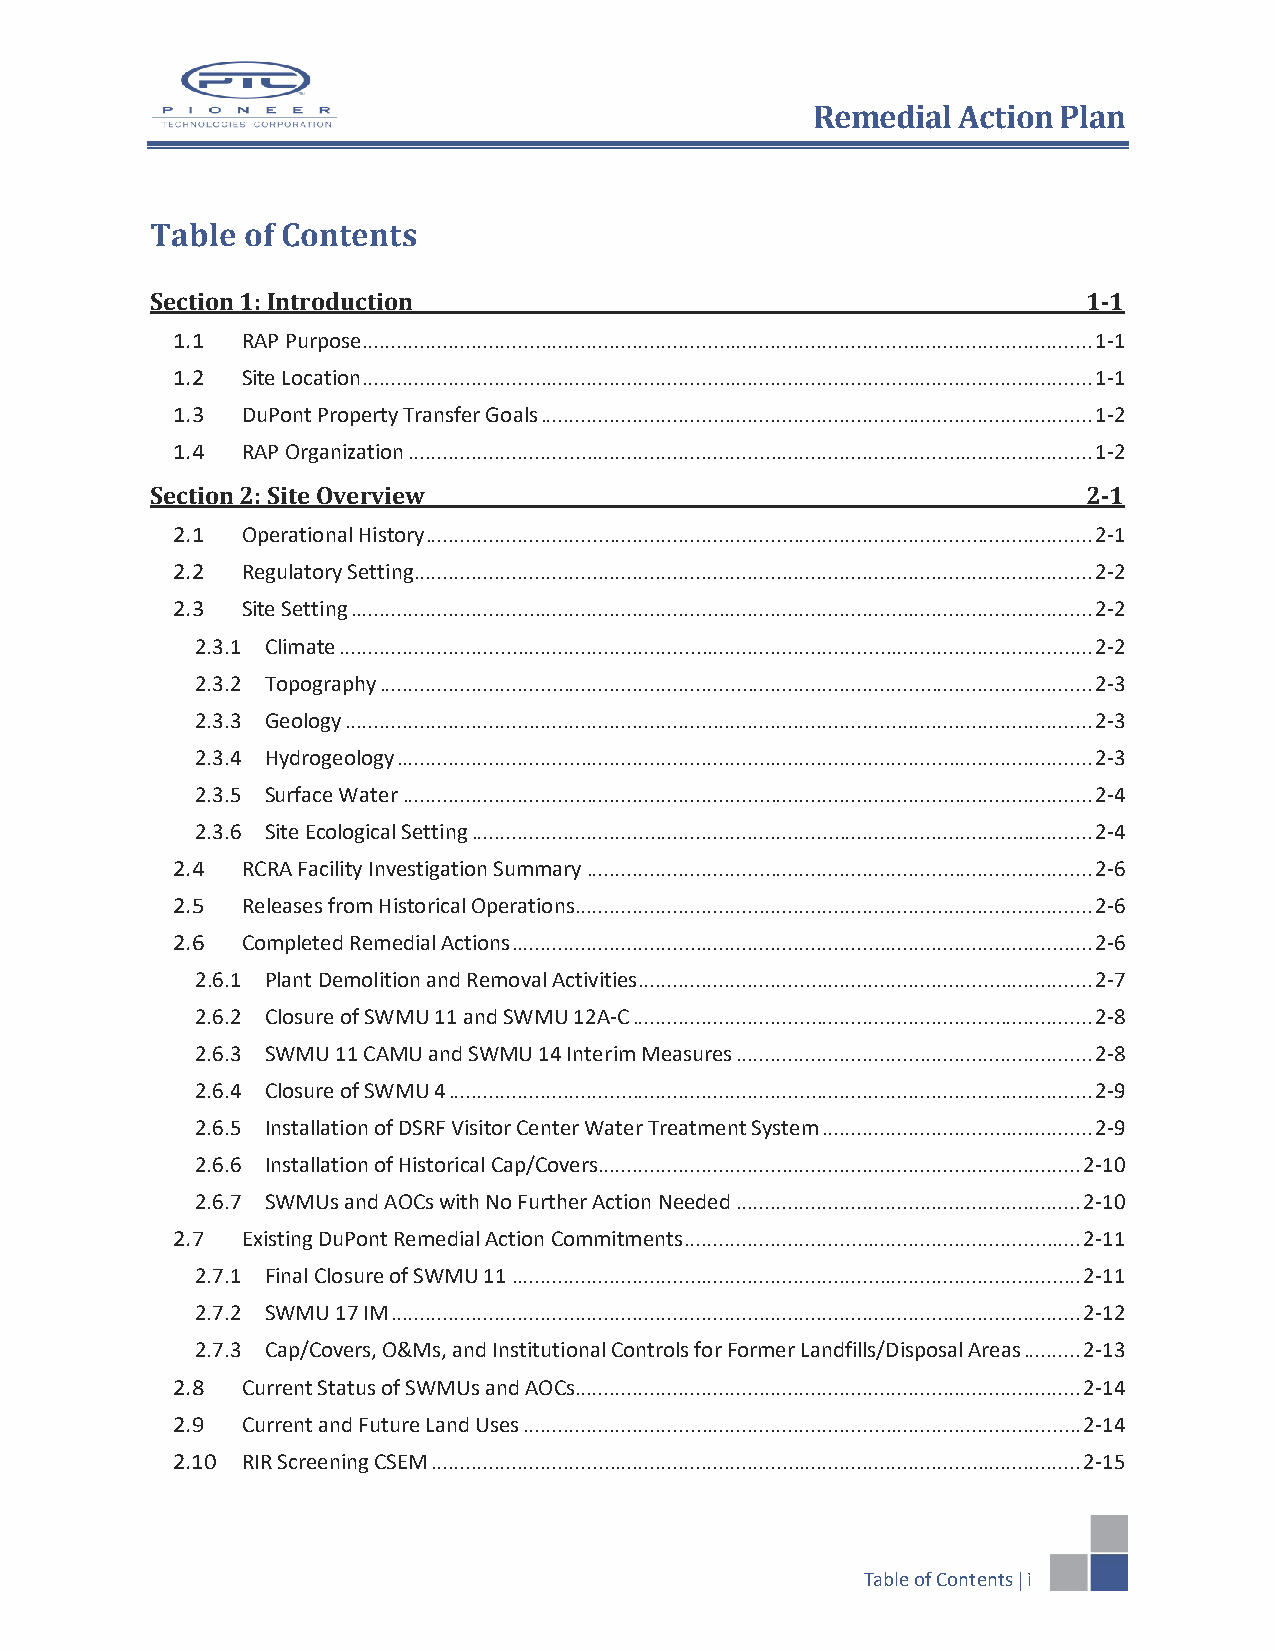
Remedial Action Plan
 Table of Contents
 Section 1: Introduction                                       1-1
 1.1  RAP Purpose ............................................................................................................................... 1-1
 1.2  Site Location ............................................................................................................................... 1-1
 1.3  DuPont Property Transfer Goals ................................................................................................ 1-2
 1.4  RAP Organization ....................................................................................................................... 1-2
 Section 2: Site Overview                                      2-1
 2.1  Operational History .................................................................................................................... 2-1
 2.2  Regulatory Setting ...................................................................................................................... 2-2
 2.3  Site Setting ................................................................................................................................. 2-2
 2.3.1 Climate ................................................................................................................................... 2-2
 2.3.2 Topography ............................................................................................................................ 2-3
 2.3.3 Geology .................................................................................................................................. 2-3
 2.3.4 Hydrogeology ......................................................................................................................... 2-3
 2.3.5 Surface Water ........................................................................................................................ 2-4
 2.3.6 Site Ecological Setting ............................................................................................................ 2-4
 2.4  RCRA Facility Investigation Summary ........................................................................................ 2-6
 2.5  Releases from Historical Operations .......................................................................................... 2-6
 2.6  Completed Remedial Actions ..................................................................................................... 2-6
 2.6.1 Plant Demolition and Removal Activities ............................................................................... 2-7
 2.6.2 Closure of SWMU 11 and SWMU 12A-C ................................................................................ 2-8
 2.6.3 SWMU 11 CAMU and SWMU 14 Interim Measures .............................................................. 2-8
 2.6.4 Closure of SWMU 4 ................................................................................................................ 2-9
 2.6.5 Installation of DSRF Visitor Center Water Treatment System ............................................... 2-9
 2.6.6 Installation of Historical Cap/Covers .................................................................................... 2-10
 2.6.7 SWMUs and AOCs with No Further Action Needed ............................................................ 2-10
 2.7  Existing DuPont Remedial Action Commitments ..................................................................... 2-11
 2.7.1 Final Closure of SWMU 11 ................................................................................................... 2-11
 2.7.2 SWMU 17 IM ........................................................................................................................ 2-12
 2.7.3 Cap/Covers, O&Ms, and Institutional Controls for Former Landfills/Disposal Areas .......... 2-13
 2.8  Current Status of SWMUs and AOCs........................................................................................ 2-14
 2.9  Current and Future Land Uses ................................................................................................. 2-14
 2.10 RIR Screening CSEM ................................................................................................................. 2-15
 Table of Contents  i